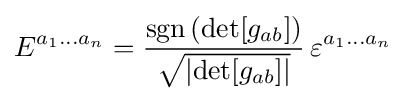
E^{a_{1}\dots a_{n}}={\frac {\operatorname {sgn} \left(\det[g_{ab}]\right)}{\sqrt {\left|\det[g_{ab}]\right|}}}\,\varepsilon ^{a_{1}\dots a_{n}}